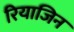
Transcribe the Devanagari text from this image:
रियाजिन